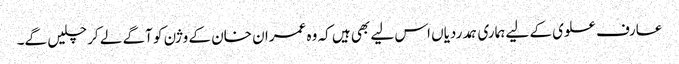
عارف علوی کے لیے ہماری ہمدردیاں اس لیے بھی ہیں کہ وہ عمران خان کے وژن کو آگے لے کر چلیں گے۔